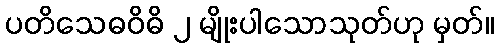
ပတိသေဓဝိဓိ ၂ မျိုးပါသောသုတ်ဟု မှတ်။